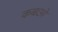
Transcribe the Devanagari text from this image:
कबाओ